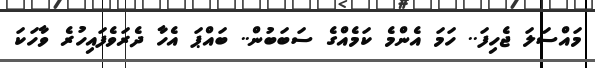
މައްސަލަ ޖެހިފަ.. ހަމަ އެންމެ ކަމެއްގެ ސަބަބުން.. ބައްޕަ އެހާ ދެރަވެފައިހުރެ ވާހަކަ